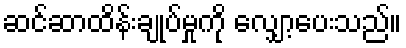
ဆင်ဆာထိန်းချုပ်မှုကို လျှော့ပေးသည်။